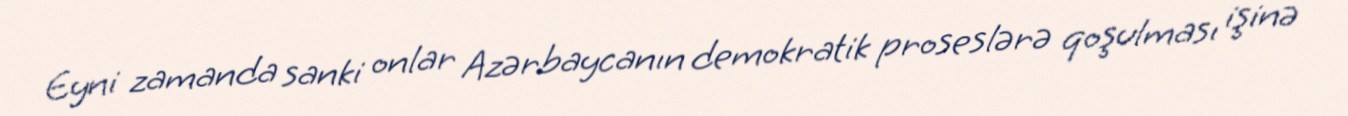
Eyni zamanda sanki onlar Azərbaycanın demokratik proseslərə qoşulması işinə